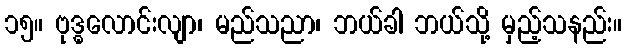
၁၅။ ဗုဒ္ဓလောင်းလျာ၊ မည်သညာ၊ ဘယ်ခါ ဘယ်သို့ မှည့်သနည်း။